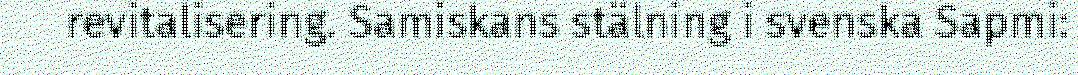
revitalisering. Samiskans stälning i svenska Sapmi: